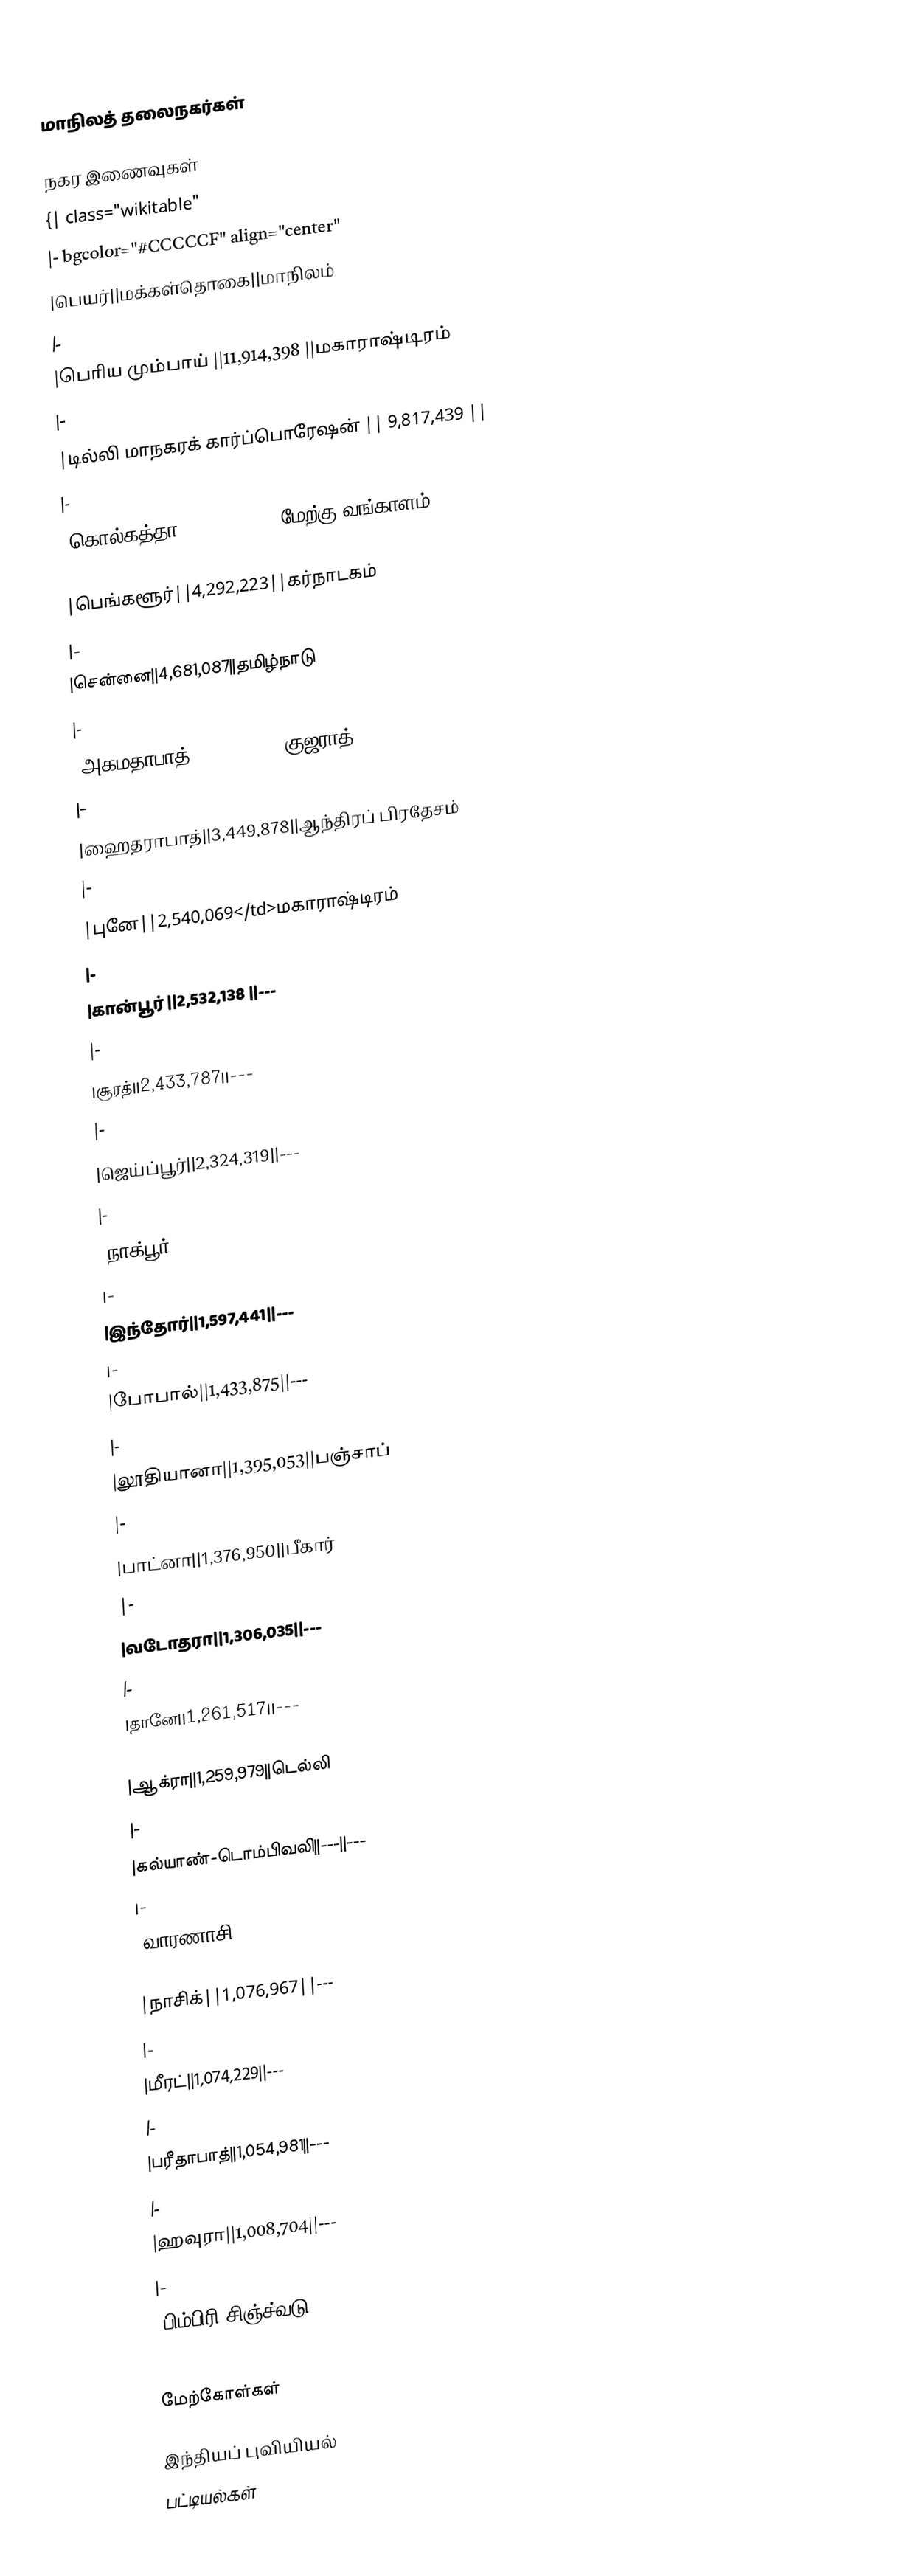

மாநிலத் தலைநகர்கள்

நகர இணைவுகள்
{| class="wikitable"
|- bgcolor="#CCCCCF" align="center"
|பெயர்||மக்கள்தொகை||மாநிலம்
|-
|பெரிய மும்பாய் ||11,914,398 ||மகாராஷ்டிரம்
|-
|டில்லி மாநகரக் கார்ப்பொரேஷன் || 9,817,439 ||
|-
|கொல்கத்தா||4,580,544|| மேற்கு வங்காளம்
|-
|பெங்களூர்||4,292,223||கர்நாடகம்
|-
|சென்னை||4,681,087||தமிழ்நாடு
|-
|அகமதாபாத்||3,515,361||குஜராத்
|-
|ஹைதராபாத்||3,449,878||ஆந்திரப் பிரதேசம்
|-
|புனே||2,540,069</td>மகாராஷ்டிரம்
|-
|கான்பூர் ||2,532,138 ||---
|-
|சூரத்||2,433,787||---
|-
|ஜெய்ப்பூர்||2,324,319||---
|-
|நாக்பூர்||2,051,320 ||---
|-
|இந்தோர்||1,597,441||---
|-
|போபால்||1,433,875||---
|-
|லூதியானா||1,395,053||பஞ்சாப்
|-
|பாட்னா||1,376,950||பீகார்
|-
|வடோதரா||1,306,035||---
|-
|தானே||1,261,517||---
|-
|ஆக்ரா||1,259,979||டெல்லி
|-
|கல்யாண்-டொம்பிவலி||---||---
|-
|வாரணாசி||1,100,748||---
|-
|நாசிக்||1,076,967||---
|-
|மீரட்||1,074,229||---
|-
|பரீதாபாத்||1,054,981||---
|-
|ஹவுரா||1,008,704||---
|-
|பிம்பிரி-சிஞ்ச்வடு||1,006,417 ||---
|}

மேற்கோள்கள்

இந்தியப் புவியியல்
பட்டியல்கள்